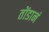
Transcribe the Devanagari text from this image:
तोंडानं